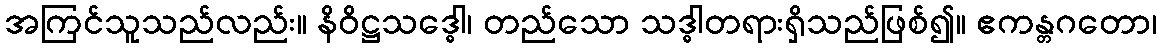
အကြင်သူသည်လည်း။ နိဝိဋ္ဌသဒ္ဓေါ၊ တည်သော သဒ္ဓါတရားရှိသည်ဖြစ်၍။ ဧကန္တဂတော၊